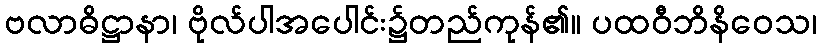
ဗလာဓိဋ္ဌာနာ၊ ဗိုလ်ပါအပေါင်း၌တည်ကုန်၏။ ပထဝီဘိနိဝေသ၊